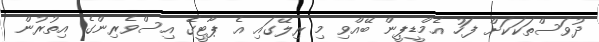
ދުވަސްތަކަކަށް ފަހު އެމްޑީޕީން ބޭއްވި މި ރިލޭގައި އެ ޕާޓީގެ އިސްވެރިންގެ އިތުރުން